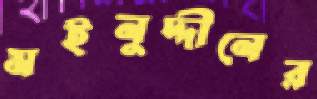
মইনুদ্দীনের